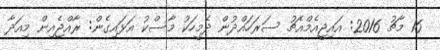
16 މާޗު 2016: އައިޖީއެމްއެޗު ސަރަހައްދުން ދެމީހަކު މާސްކު އަޅައިގެން: ރާއްޖެއިން މިއަދާ